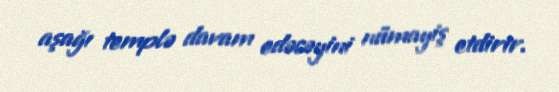
aşağı templə davam edəcəyini nümayiş etdirir.